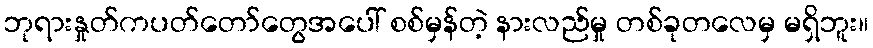
ဘုရားနှုတ်ကပတ်တော်တွေအပေါ် စစ်မှန်တဲ့ နားလည်မှု တစ်ခုတလေမှ မရှိဘူး။